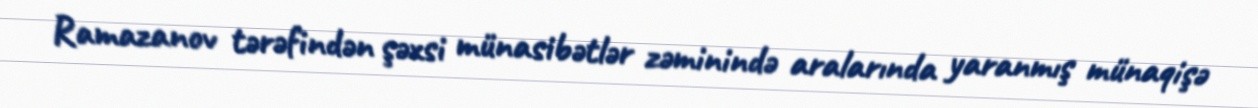
Ramazanov tərəfindən şəxsi münasibətlər zəminində aralarında yaranmış münaqişə